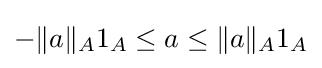
-\|a\|_{A}1_{A}\leq a\leq \|a\|_{A}1_{A}